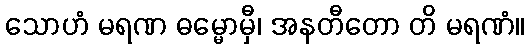
သောဟံ မရဏ ဓမ္မောမှီ၊ အနတီတော တိ မရဏံ။